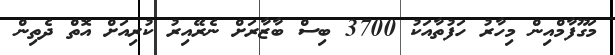
މަގޫފާމްއިން މިހާރު ހަފުތާއަކު 3700 ބިސް ބާޒާރަށް ނެރޭއިރު ކުރިއަށް އޮތް ދެތިން